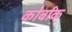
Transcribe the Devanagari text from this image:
कोर्बाक